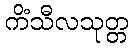
ကိံသီလသုတ္တ